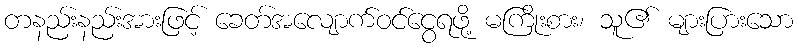
တနည်းနည်းအားဖြင့် ခေတ်အလျောက်ဝင်ငွေရဖို့ မကြိုးစား၊ သူ၏ များပြားသော